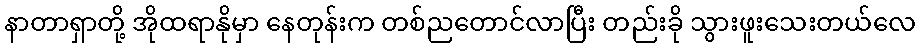
နာတာရှာတို့ အိုထရာနိုမှာ နေတုန်းက တစ်ညတောင်လာပြီး တည်းခို သွားဖူးသေးတယ်လေ